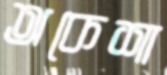
অকেশা